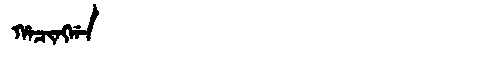
Manchu: ᡥᠠᠴᡳᠩᡤᠠ
Romanization: HACINGGA